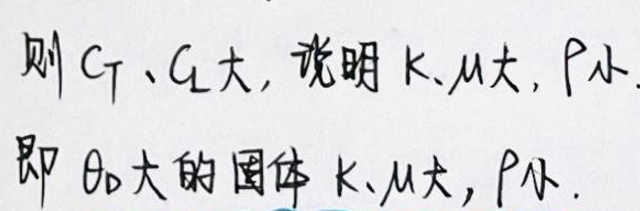
则\(C_T\)、\(G_T\)大，说明\(k\)、\(\mu\)大，\(P_k\)小。

即\(\theta_b\)大的固体\(k\)、\(\mu\)大，\(P_k\)小。